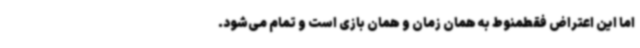
اما این اعتراض فقطمنوط به همان زمان و همان بازی است و تمام می‌شود.